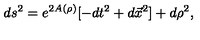
d s ^ { 2 } = e ^ { 2 A ( \rho ) } [ - d t ^ { 2 } + d \vec { x } ^ { 2 } ] + d \rho ^ { 2 } ,